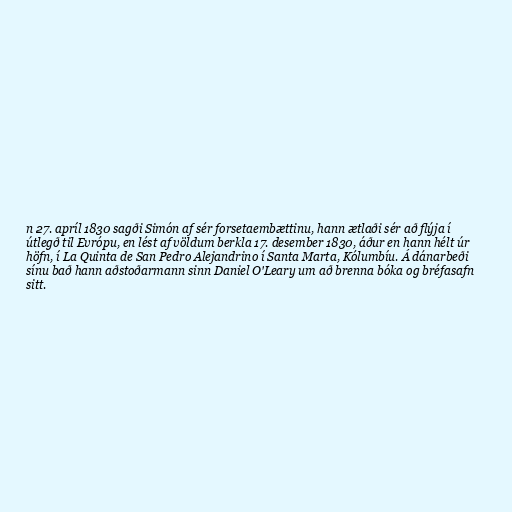
n 27. apríl 1830 sagði Simón af sér forsetaembættinu, hann ætlaði sér að flýja í
útlegð til Evrópu, en lést af völdum berkla 17. desember 1830, áður en hann hélt úr
höfn, í La Quinta de San Pedro Alejandrino í Santa Marta, Kólumbíu. Á dánarbeði
sínu bað hann aðstoðarmann sinn Daniel O'Leary um að brenna bóka og bréfasafn
sitt.